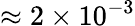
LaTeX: \approx 2\times 10^{-3}